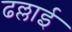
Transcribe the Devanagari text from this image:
ढल्लाई